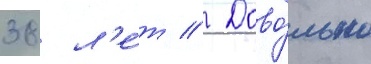
38 л'е́т // Дово́льно